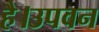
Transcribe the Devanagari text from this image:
है।उपवन